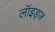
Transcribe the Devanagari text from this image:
लॉइड्ज